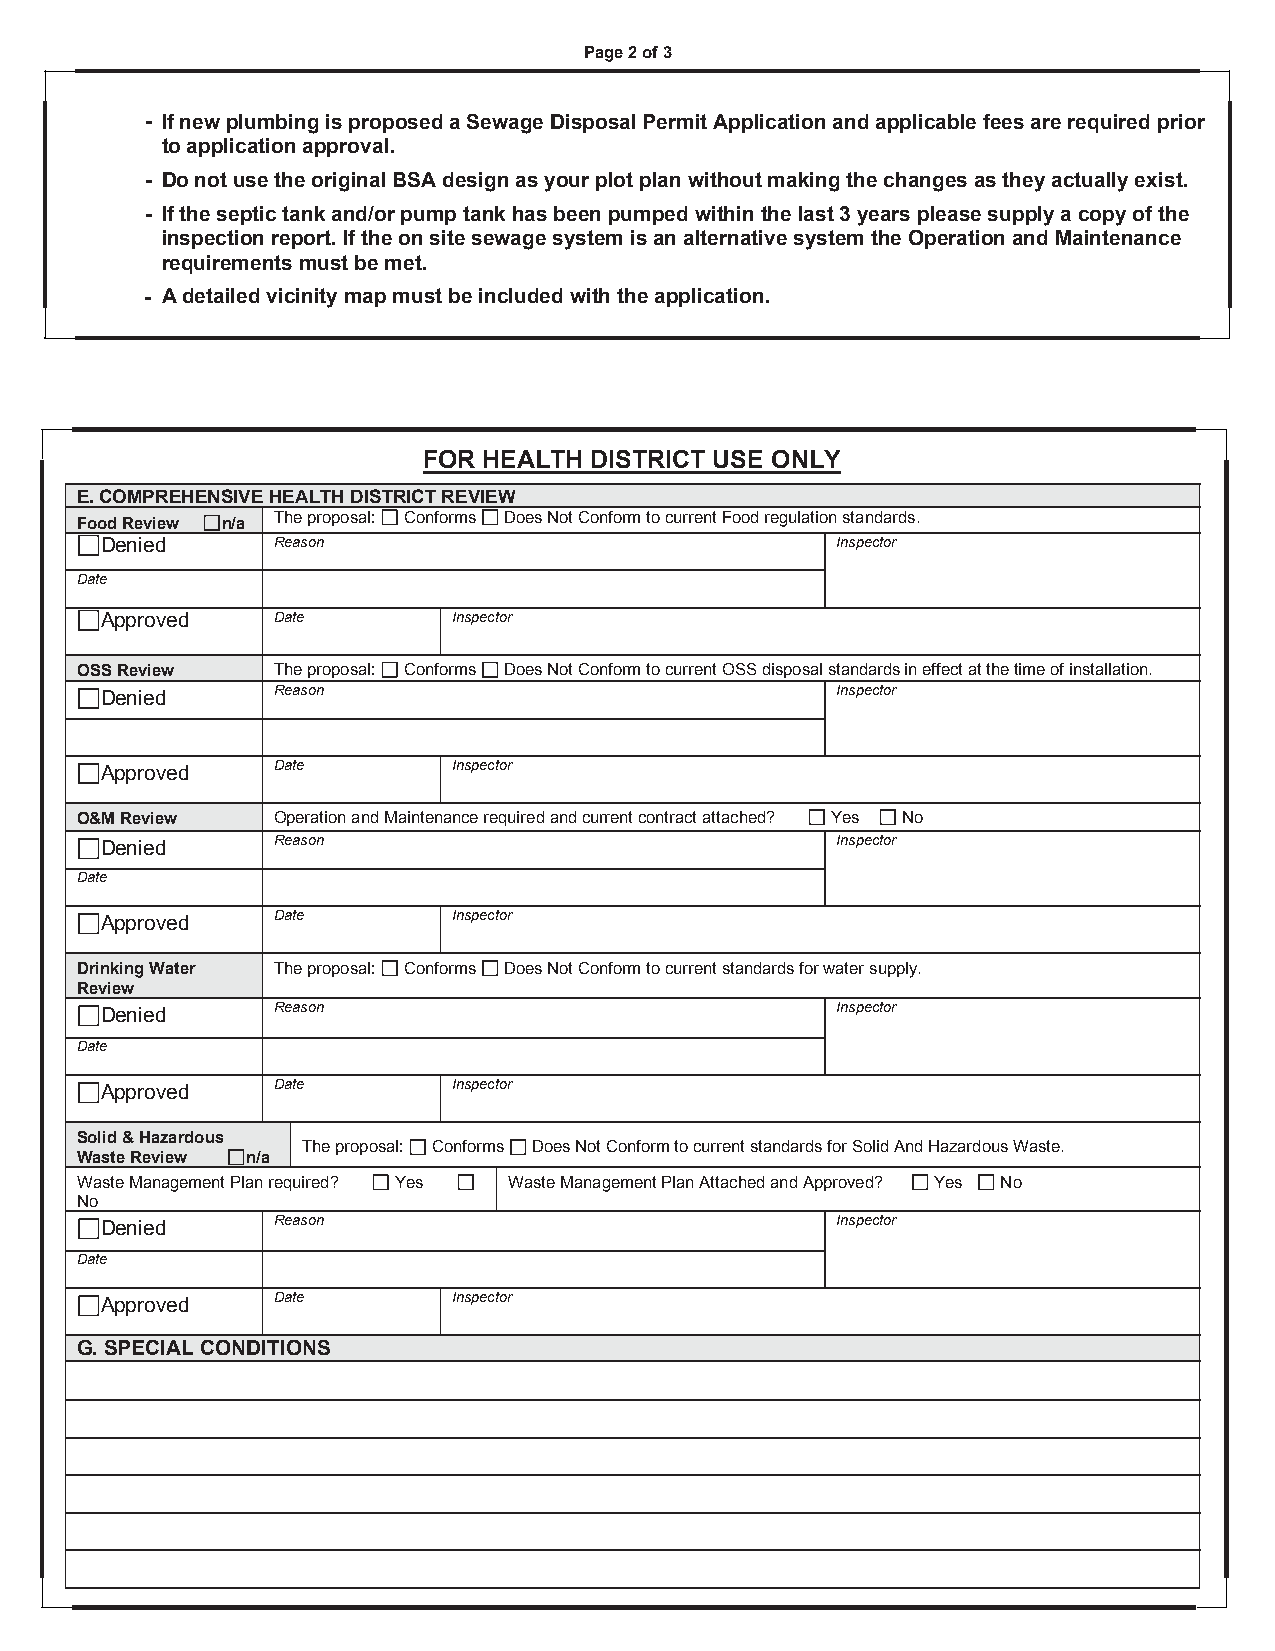
Page 2 of 3
 - If new plumbing is proposed a Sewage Disposal Permit Application and applicable fees are required prior
 to application approval.
 - Do not use the original BSA design as your plot plan without making the changes as they actually exist.
 - If the septic tank and/or pump tank has been pumped within the last 3 years please supply a copy of the
 inspection report. If the on site sewage system is an alternative system the Operation and Maintenance
 requirements must be met.
 - A detailed vicinity map must be included with the application.
 FOR HEALTH DISTRICT USE ONLY
 E. COMPREHENSIVE HEALTH DISTRICT REVIEW
 The proposal: Conforms Does Not Conform to current Food regulation standards.
 Food Review n/a
 Denied     Reason                               Inspector
 Date
 Approved   Date        Inspector
 OSS Review   The proposal: Conforms Does Not Conform to current OSS disposal standards in effect at the time of installation.
 Reason                               Inspector
 Denied
 Date        Inspector
 Approved
 O&M Review   Operation and Maintenance required and current contract attached? Yes No
 Reason                               Inspector
 Denied
 Date
 Date        Inspector
 Approved
 Drinking Water The proposal: Conforms Does Not Conform to current standards for water supply.
 Review
 Reason                               Inspector
 Denied
 Date
 Date        Inspector
 Approved
 Solid & Hazardous
 The proposal: Conforms Does Not Conform to current standards for Solid And Hazardous Waste.
 Waste Review n/a
 Waste Management Plan required? Yes Waste Management Plan Attached and Approved? Yes No
 No
 Reason                               Inspector
 Denied
 Date
 Date        Inspector
 Approved
 G. SPECIAL CONDITIONS